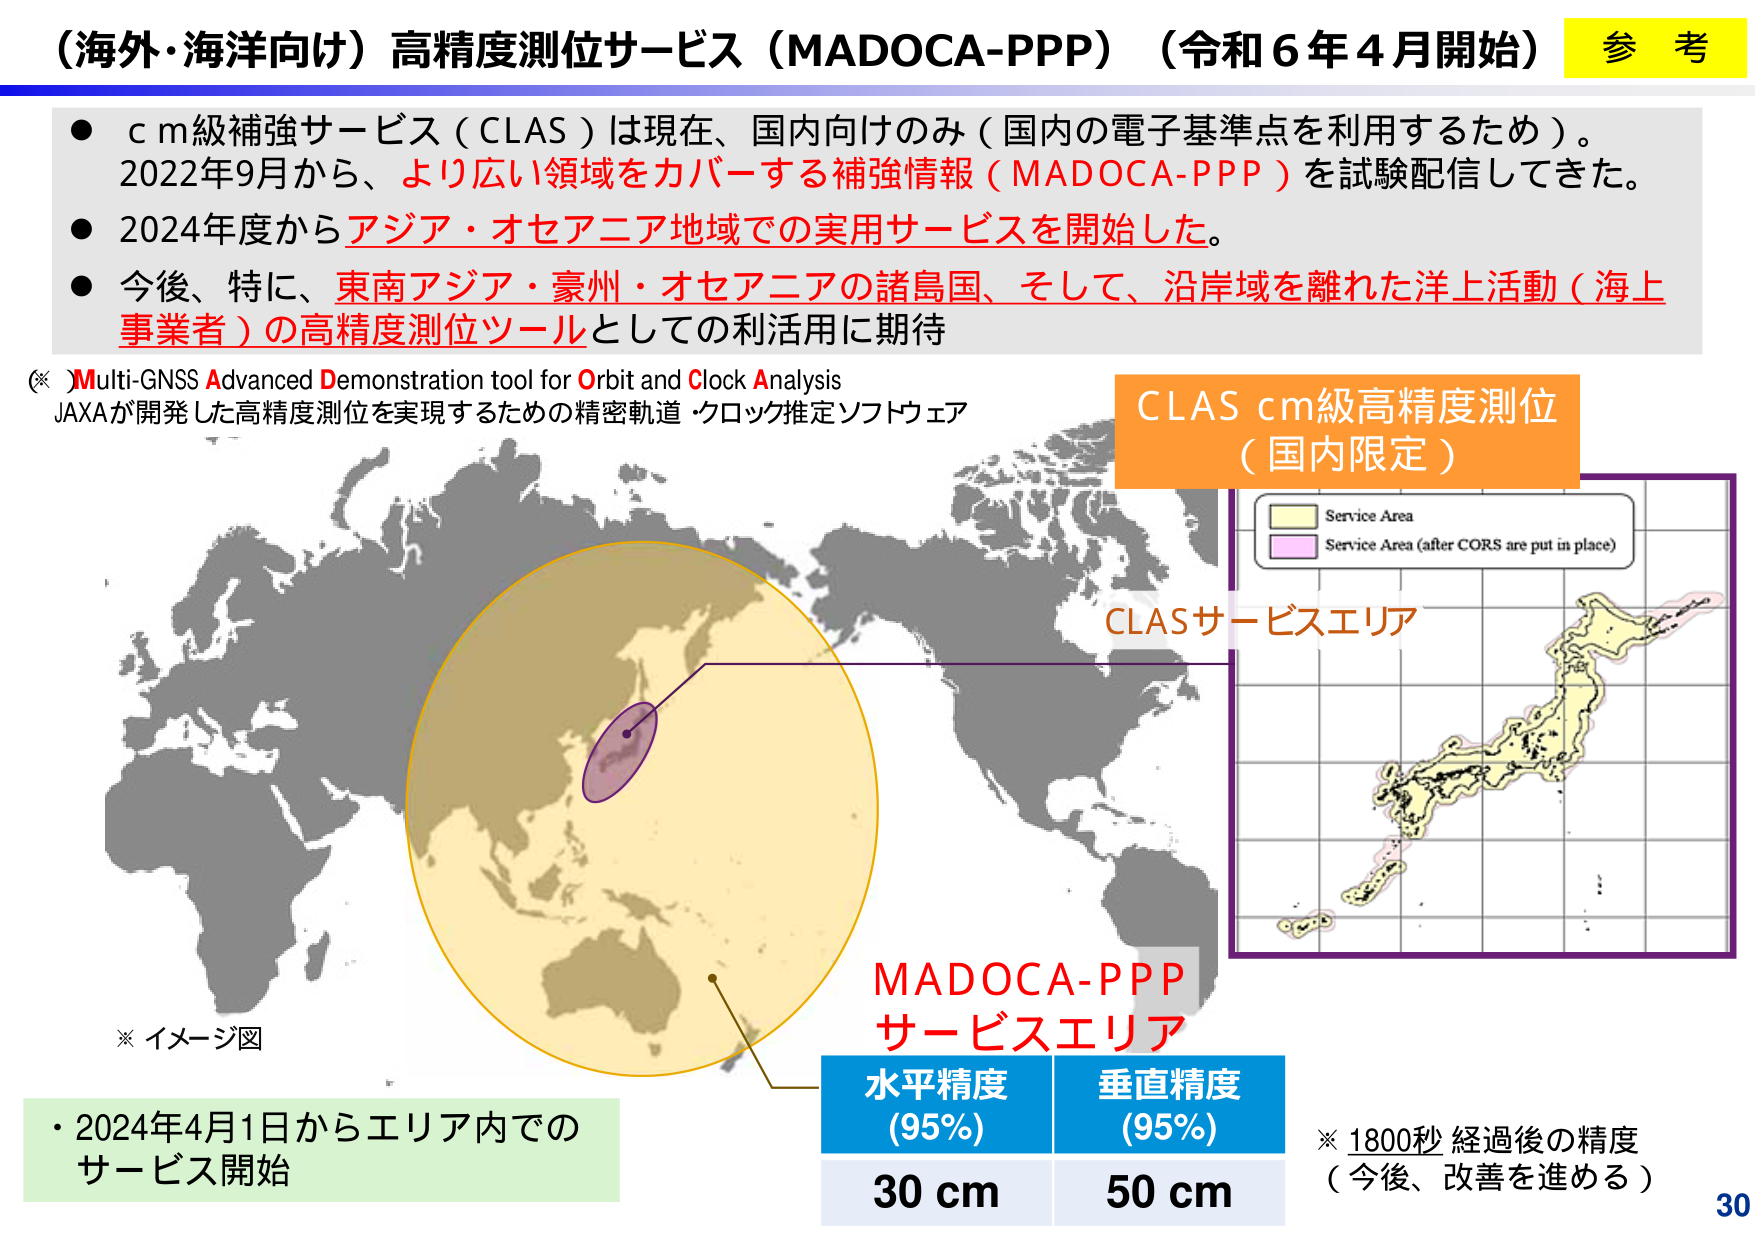
（海外・海洋向け）高精度測位サービス（MADOCA-PPP）（令和６年４月開始） 参考

● c m級補強サービス（CLAS）は現在、国内向けのみ（国内の電子基準点を利用するため）。2022年9月から、より広い領域をカバーする補強情報（MADOCA-PPP）を試験配信してきた。
● 2024年度からアジア・オセアニア地域での実用サービスを開始した。
● 今後、特に、東南アジア・豪州・オセアニアの諸島国、そして、沿岸域を離れた洋上活動（海上事業者）の高精度測位ツールとしての利活用に期待

（※）Multi-GNSS Advanced Demonstration tool for Orbit and Clock Analysis
JAXAが開発した高精度測位を実現するための精密軌道・クロック推定ソフトウェア

CLAS cm級高精度測位
（国内限定）

Service Area
Service Area (after CORS are put in place)

CLASサービスエリア

※ イメージ図

MADOCA-PPP
サービスエリア

水平精度
(95%)
30 cm

垂直精度
(95%)
50 cm

※ 1800秒経過後の精度
（今後、改善を進める）

・2024年4月1日からエリア内での
サービス開始

30